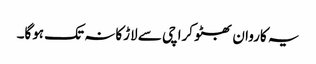
یہ کاروان بھٹو کراچی سے لاڑکانہ تک ہوگا۔